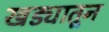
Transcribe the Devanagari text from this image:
खड्यातून